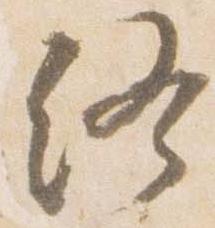
終